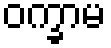
ဝက္ခာမ